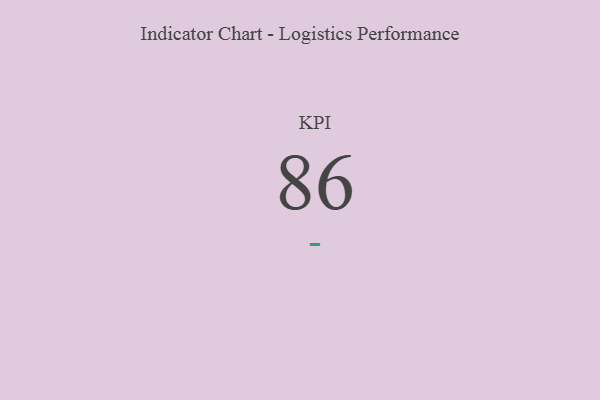
{"axis": {"x": "KPI", "y": "Value"}, "legend": [""], "data": [{"x": "KPI", "y": 86, "type": ""}]}